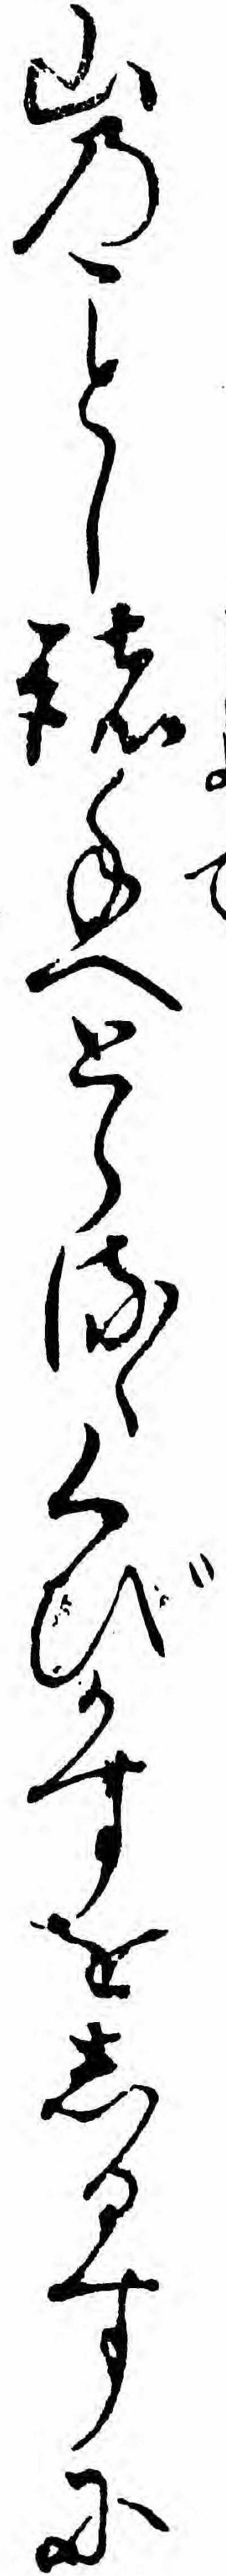
山のし諸手へとらるゝくびかすをしるすに